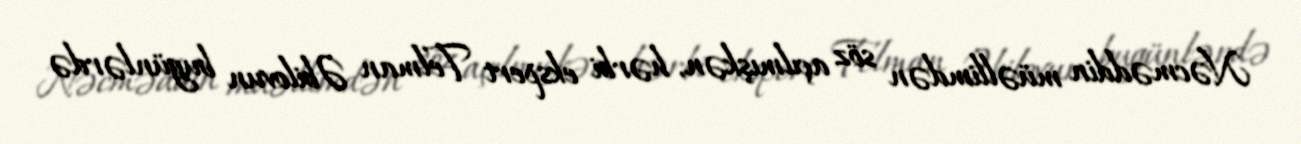
Nəcməddin müəllimdən söz açılmışkən, hərbi ekspert Telman Əbilovun bugünlərdə